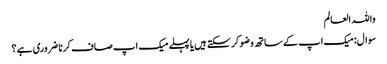
واللہ العالم
سوال:میک اپ کے ساتھ وضو کر سکتے ہیں یا پہلے میک اپ صاف کرنا ضروری ہے؟